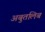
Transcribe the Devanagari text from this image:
अबुतलिब